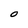
Character: O